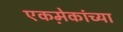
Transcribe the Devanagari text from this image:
एकमे़कांच्या